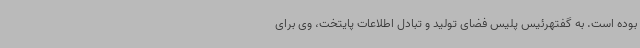
بوده است. به گفتهرئیس پلیس فضای تولید و تبادل اطلاعات پایتخت، وی برای